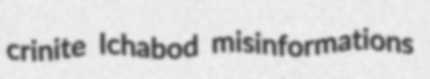
crinite Ichabod misinformations